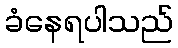
ခံနေရပါသည်